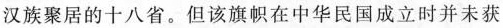
汉族聚居的十八省。但该旗帜在中华民国成立时并未获